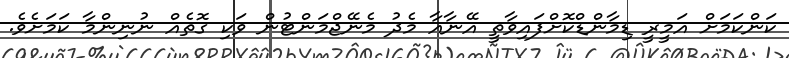
ކަންކަމަށް އަމީރީ ޑިމާންޑްކޮށްފައިވާތީ އޭނާއާ މެދު މެނޭޖްމަންޓުން ވަކި ގޮތެއް ނުނިންމާ ކަމަށެވެ.